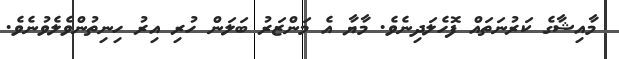
މާއިޝާގެ ކަރުނަތައް ފޮހެލަދިނެވެ. މާޔާ އެ މަންޒަރު ބަލަން ހުރި އިރު ހިނިތުންވެލެވުނެވެ.